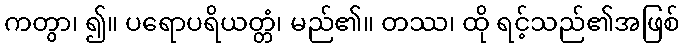
ကတွာ၊ ၍။ ပရောပရိယတ္တံ၊ မည်၏။ တဿ၊ ထို ရင့်သည်၏အဖြစ်